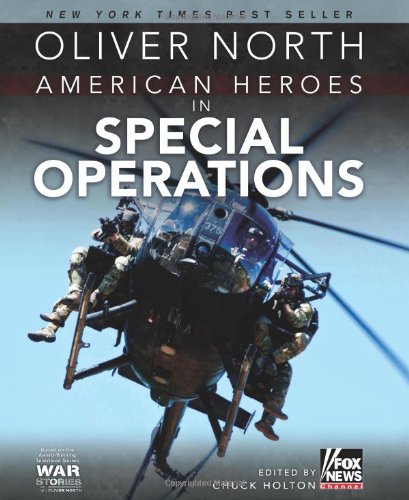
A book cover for American Heroes in Special Operations; Oliver North; History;